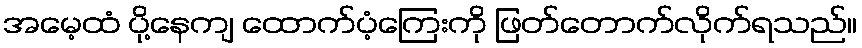
အမေ့ထံ ပို့နေကျ ထောက်ပံ့ကြေးကို ဖြတ်တောက်လိုက်ရသည်။